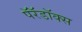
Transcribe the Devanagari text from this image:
पॅरॅडॉक्स